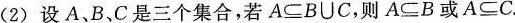
(2)设A、B、C是三个集合，若A\subseteqB\cup C，则A\subseteq B或A\subseteq C。